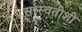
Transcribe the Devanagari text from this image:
सरस्वतीशी